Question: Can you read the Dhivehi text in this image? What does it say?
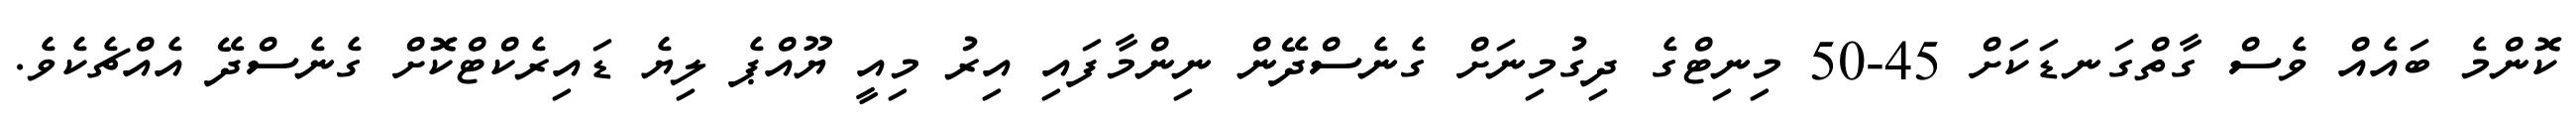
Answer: ކޮންމެ ބައެއް ވެސް ގާތްގަނޑަކަށް 45-50 މިނިޓްގެ ދިގުމިނަށް ގެނެސްދޭން ނިންމާފައި އިރު މިއީ ޔޫއްޕެ ލިޔެ ޑައިރެކްޓްކޮށް ގެނެސްދޭ އެއްޗެކެވެ.